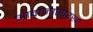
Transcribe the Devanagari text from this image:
आवाजासारखा